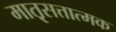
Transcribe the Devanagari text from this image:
मात़ृसत्तात्मक